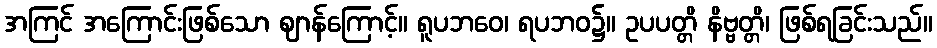
အကြင် အကြောင်းဖြစ်သော ဈာန်ကြောင့်။ ရူပဘဝေ၊ ရပဘဝ၌။ ဥပပတ္တိ နိဗ္ဗတ္တိ၊ ဖြစ်ရခြင်းသည်။